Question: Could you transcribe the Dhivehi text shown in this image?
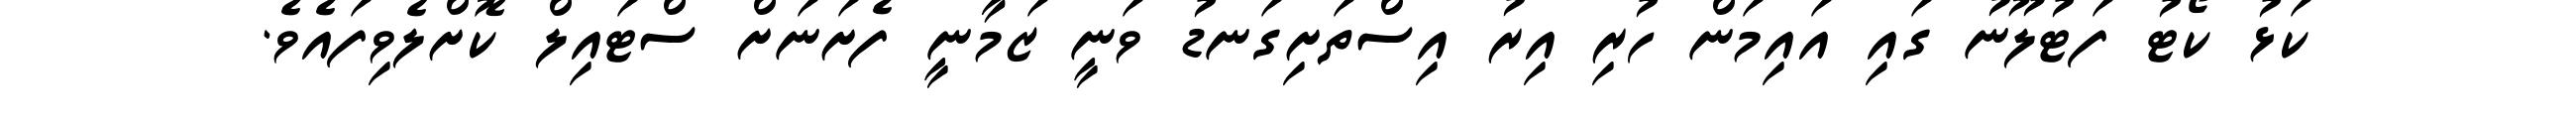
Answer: ކަޅު ކޯޓު ފަޓުލޫނު ގައި އައިމަން ހުރި އިރު އިސްތަށިގަނޑު ވަނީ ޒަމާނީ ފެށަނަށް ސްޓައިލް ކޮށްލެވިފައެވެ.